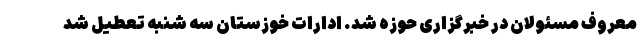
معروف مسئولان در خبرگزاری حوزه شد. ادارات خوزستان سه شنبه تعطیل شد